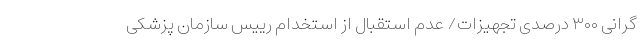
گرانی ۳۰۰ درصدی تجهیزات/ عدم استقبال از استخدام رییس سازمان پزشکی